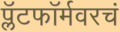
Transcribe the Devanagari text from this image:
प्लॅटफॉर्मवरचं